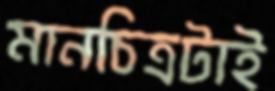
মানচিত্রটাই